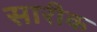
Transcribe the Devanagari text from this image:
सारीक